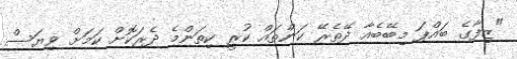
"ޒިފާގެ ބައްޕަ މިބޭބެއާ ދޭތެރޭ ކަންތައް ކުރީ ކިތަންމެ ދެރަކޮށް ކަމަށް ވިޔަސް